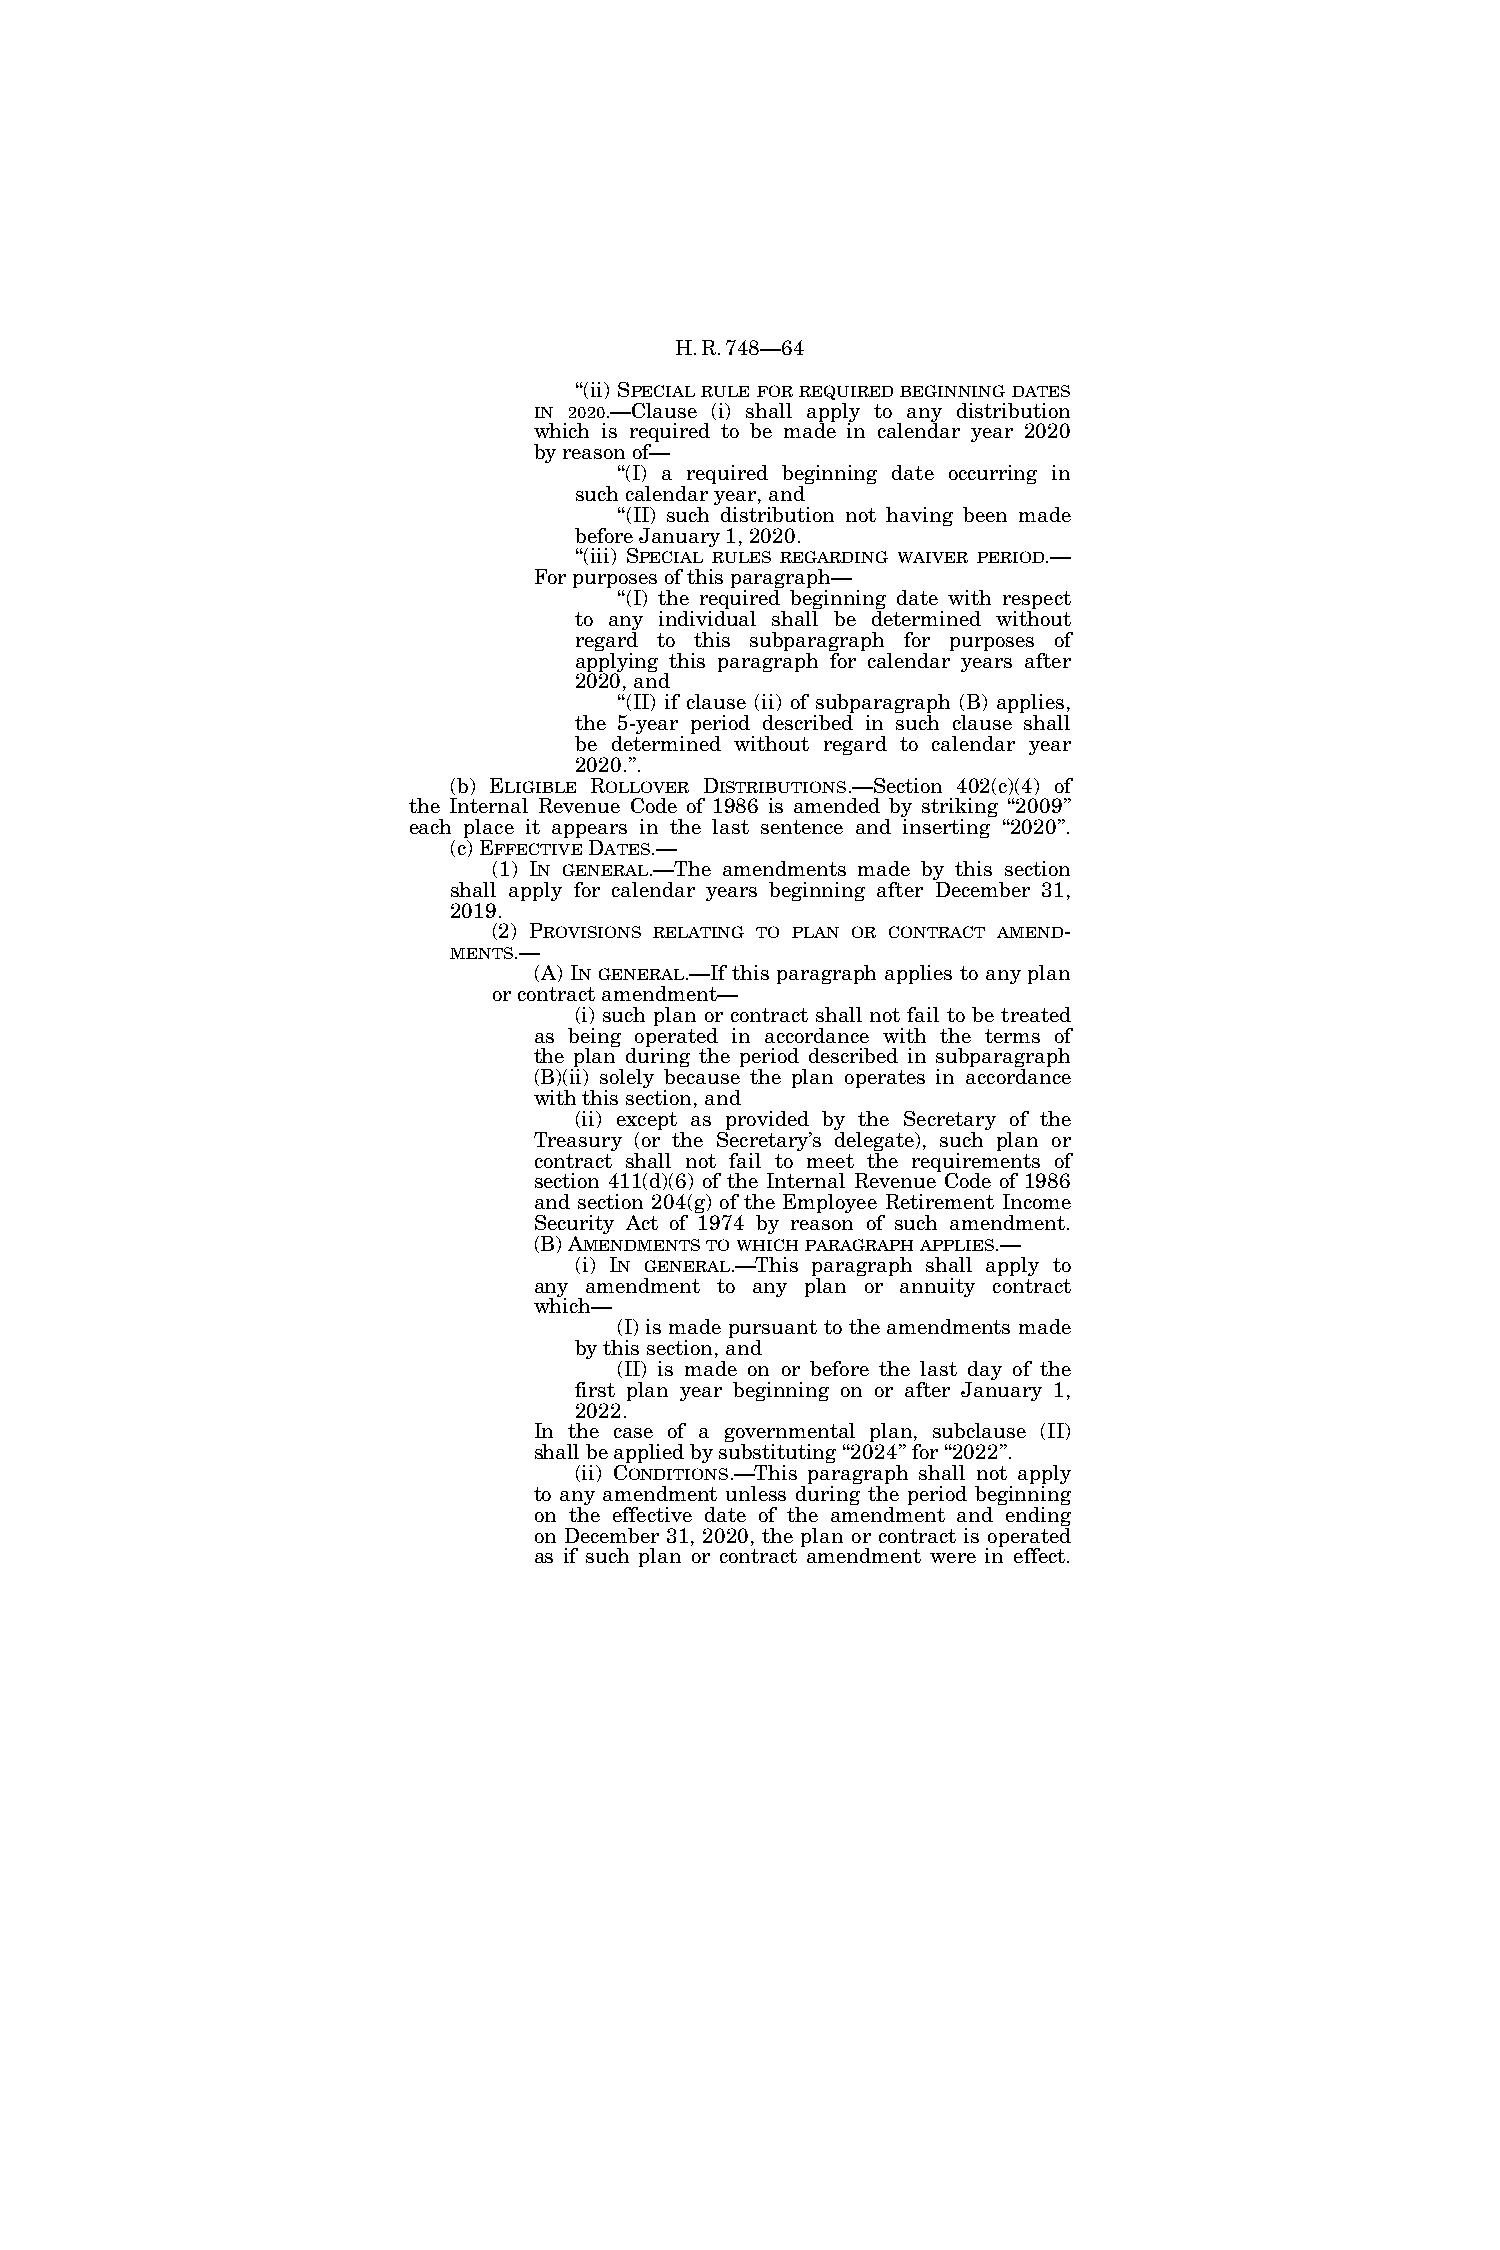
H.R.748—64
 ‘‘(ii) SPECIAL RULE FOR REQUIRED BEGINNING DATES
 IN 2020.—Clause (i) shall apply to any distribution
 which is required to be made in calendar year 2020
 by reason of—
 ‘‘(I) a required beginning date occurring in
 such calendar year, and
 ‘‘(II) such distribution not having been made
 before January 1, 2020.
 ‘‘(iii) SPECIAL RULES REGARDING WAIVER PERIOD.—
 For purposes of this paragraph—
 ‘‘(I) the required beginning date with respect
 to any individual shall be determined without
 regard to this subparagraph for purposes of
 applying this paragraph for calendar years after
 2020, and
 ‘‘(II) if clause (ii) of subparagraph (B) applies,
 the 5-year period described in such clause shall
 be determined without regard to calendar year
 2020.’’.
 (b) ELIGIBLE ROLLOVER DISTRIBUTIONS.—Section 402(c)(4) of
 the Internal Revenue Code of 1986 is amended by striking ‘‘2009’’
 each place it appears in the last sentence and inserting ‘‘2020’’.
 (c) EFFECTIVEDATES.—
 (1) IN GENERAL.—The amendments made by this section
 shall apply for calendar years beginning after December 31,
 2019.
 (2) PROVISIONS RELATING TO PLAN OR CONTRACT AMEND-
 MENTS.—
 (A) IN GENERAL.—If this paragraph applies to any plan
 or contract amendment—
 (i) such plan or contract shall not fail to be treated
 as being operated in accordance with the terms of
 the plan during the period described in subparagraph
 (B)(ii) solely because the plan operates in accordance
 with this section, and
 (ii) except as provided by the Secretary of the
 Treasury (or the Secretary’s delegate), such plan or
 contract shall not fail to meet the requirements of
 section 411(d)(6) of the Internal Revenue Code of 1986
 and section 204(g) of the Employee Retirement Income
 Security Act of 1974 by reason of such amendment.
 (B) AMENDMENTSTOWHICHPARAGRAPHAPPLIES.—
 (i) IN GENERAL.—This paragraph shall apply to
 any amendment to any plan or annuity contract
 which—
 (I) is made pursuant to the amendments made
 by this section, and
 (II) is made on or before the last day of the
 first plan year beginning on or after January 1,
 2022.
 In the case of a governmental plan, subclause (II)
 shall be applied by substituting ‘‘2024’’ for ‘‘2022’’.
 (ii) CONDITIONS.—This paragraph shall not apply
 to any amendment unless during the period beginning
 on the effective date of the amendment and ending
 on December 31, 2020, the plan or contract is operated
 as if such plan or contract amendment were in effect.